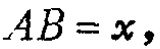
\(AB = x,\)